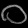
Digit: ၀